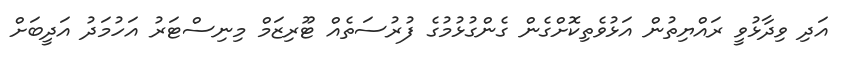
އަދި ވިދާޅުވީ ރައްޔިތުން އަޅުވެތިކޮށްގެން ގެންގުޅުމުގެ ފުރުސަތެއް ޓޫރިޒަމް މިނިސްޓަރު އަހުމަދު އަދީބަށް